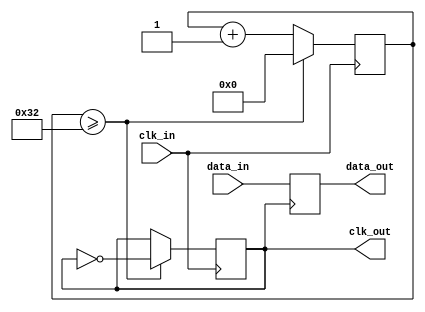
module pll_synchronizer (
    input wire clk_in,          // Incoming clock signal
    input wire data_in,         // Incoming data signal
    output reg data_out,        // Synchronized data output
    output wire clk_out         // Local clock output
);

    // Parameters for the PLL
    parameter integer VCO_FREQ = 100; // VCO frequency in MHz
    parameter integer CLOCK_DIV = 2;   // Clock divider ratio

    // Internal signals
    reg [1:0] phase_error;   // Phase error signal
    reg [7:0] control_voltage; // Control voltage for VCO
    reg [7:0] vco_counter;    // VCO counter
    reg local_clk;            // Local clock signal

    // Phase Detector (PD)
    always @(posedge clk_in) begin
        if (data_in && !local_clk) begin
            phase_error <= 2'b01; // Data is ahead of local clock
        end else if (!data_in && local_clk) begin
            phase_error <= 2'b10; // Data is behind local clock
        end else begin
            phase_error <= 2'b00; // No phase error
        end
    end

    // Loop Filter (LF)
    always @(posedge clk_in) begin
        case (phase_error)
            2'b01: control_voltage <= control_voltage + 1; // Increase voltage
            2'b10: control_voltage <= control_voltage - 1; // Decrease voltage
            default: control_voltage <= control_voltage;    // Hold voltage
        endcase
    end

    // Voltage-Controlled Oscillator (VCO)
    always @(posedge clk_in) begin
        if (vco_counter >= (VCO_FREQ / CLOCK_DIV)) begin
            local_clk <= ~local_clk; // Toggle local clock
            vco_counter <= 0;         // Reset counter
        end else begin
            vco_counter <= vco_counter + 1; // Increment counter
        end
    end

    // Clock Divider (if applicable)
    assign clk_out = local_clk;

    // Data Sampling Circuit
    always @(posedge local_clk) begin
        data_out <= data_in; // Sample incoming data on local clock edge
    end

endmodule